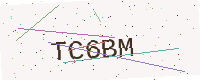
Text: TC6BM